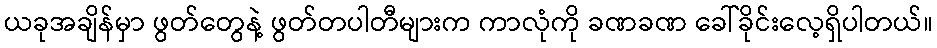
ယခုအချိန်မှာ ဖွတ်တွေနဲ့ ဖွတ်တပါတီများက ကာလုံကို ခဏခဏ ခေါ်ခိုင်းလေ့ရှိပါတယ်။